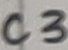
Text: C3